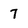
Character: 7